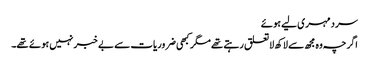
سرد مہری لیے ہوئے
اگرچہ وہ مجھ سے لاکھ لاتعلق رہتے تھے مگر کبھی ضروریات سے بے خبر نہیں ہوئے تھے۔